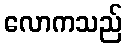
လောကသည်